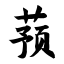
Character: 蓣